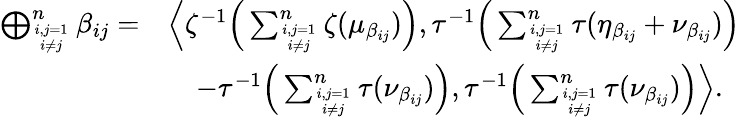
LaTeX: \begin{array}{rl}{\bigoplus_{i,j=1\atop i\neq j}^{n}\beta_{ij}=}&{\left\langle\zeta^{-1}\Big(\sum_{i,j=1\atop i\neq j}^{n}\zeta(\mu_{\beta_{ij}})\Big),\tau^{-1}\Big(\sum_{i,j=1\atop i\neq j}^{n}\tau(\eta_{\beta_{ij}}+\nu_{\beta_{ij}})\Big)\right.}\\ &{\quad\left.-\tau^{-1}\Big(\sum_{i,j=1\atop i\neq j}^{n}\tau(\nu_{\beta_{ij}})\Big),\tau^{-1}\Big(\sum_{i,j=1\atop i\neq j}^{n}\tau(\nu_{\beta_{ij}})\Big)\right\rangle.}\end{array}